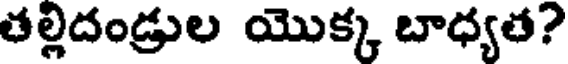
తల్లిదండ్రుల యొక్క బాధ్యత?